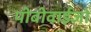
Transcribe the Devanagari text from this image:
पीबीवाईजो